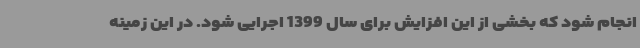
انجام شود که بخشی از این افزایش برای سال 1399 اجرایی شود. در این زمینه